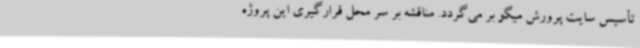
تأسیس سایت پرورش میگو بر می‌گردد. مناقشه بر سر محل قرارگیری این پروژه